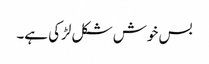
بس خوش شکل لڑکی ہے۔